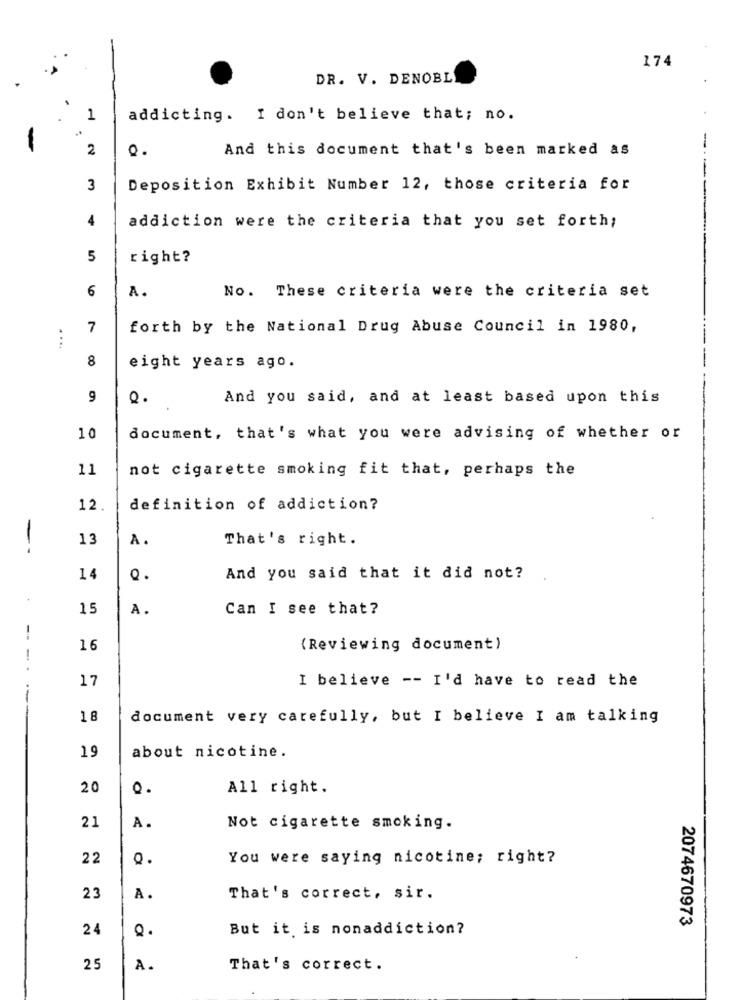
174
DR. V. DENOBL
1
addicting. I don't believe that; no.
-
2
And this document that's been marked as
-
3
Deposition Exhibit Number 12, those criteria for
4
addiction were the criteria that you set forth;
5
right?
6
A.
No. These criteria were the criteria set
7
forth by the National Drug Abuse Council in 1980,
....
8
eight years ago.
9
Q.
And you said, and at least based upon this
10
document, that's what you were advising of whether or
11
not cigarette smoking fit that, perhaps the
12.
definition of addiction?
-
13
A.
That's right.
14
Q.
And you said that it did not?
.
15
A.
Can I see that?
-
16
(Reviewing document)
-
17
I believe -- I'd have to read the
18
document very carefully, but I believe I am talking
19
about nicotine.
20
All right.
21
A.
Not cigarette smoking.
22
Q.
You were saying nicotine; right?
23
A.
That's correct, sir.
2074670973
24
Q.
But it is nonaddiction?
25
A.
That's correct.